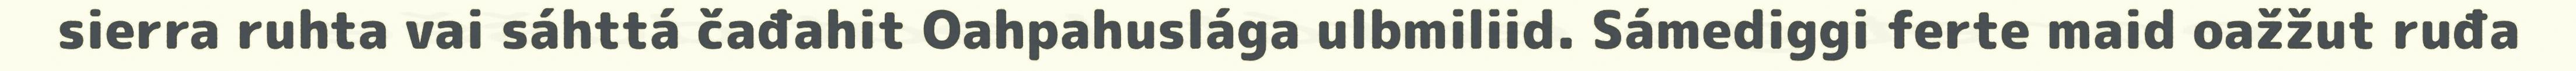
sierra ruhta vai sáhttá čađahit Oahpahuslága ulbmiliid. Sámediggi ferte maid oažžut ruđa